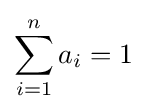
\sum _{i=1}^{n}a_{i}=1